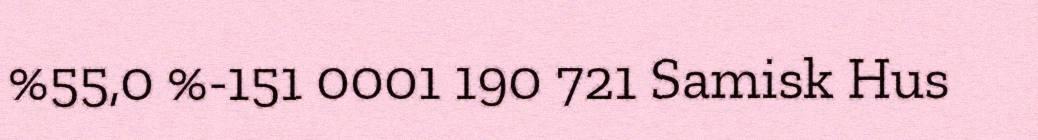
%55,0 %-151 0001 190 721 Samisk Hus